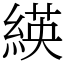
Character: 緓